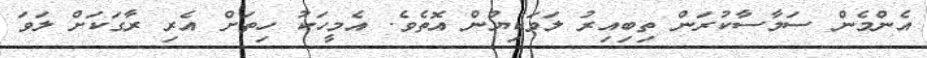
އެންމެން ސަމާސާކުރަން ތިބިއިރު ލަވަކިޔުން އޮތެވެ. އެމީހަކު ހިތަށް އެރި ރާގަކަށް ލަވަ